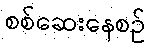
စစ်ဆေးနေစဉ်